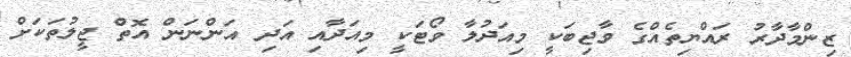
ޒިންމާދާރު ރައްޔިތެއްގެ ވާޖިބަކީ މިއަދުލާ ވޯޓަކީ މިއަދާއި އަދި އަންނަން އޮތް ޖީލުތަކަށް